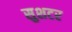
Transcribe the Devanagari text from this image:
सुशटर